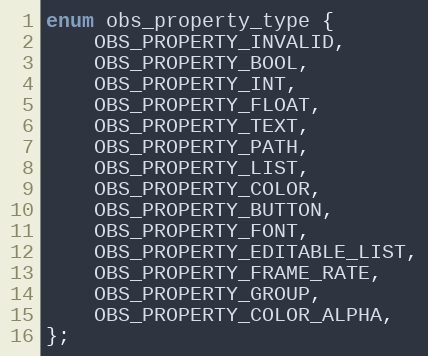
Language: C
enum obs_property_type {
	OBS_PROPERTY_INVALID,
	OBS_PROPERTY_BOOL,
	OBS_PROPERTY_INT,
	OBS_PROPERTY_FLOAT,
	OBS_PROPERTY_TEXT,
	OBS_PROPERTY_PATH,
	OBS_PROPERTY_LIST,
	OBS_PROPERTY_COLOR,
	OBS_PROPERTY_BUTTON,
	OBS_PROPERTY_FONT,
	OBS_PROPERTY_EDITABLE_LIST,
	OBS_PROPERTY_FRAME_RATE,
	OBS_PROPERTY_GROUP,
	OBS_PROPERTY_COLOR_ALPHA,
};